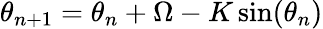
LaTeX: \theta_{n+1}=\theta_{n}+\Omega-K\sin(\theta_{n})